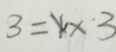
3 = x \times 3